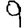
Digit: 9